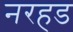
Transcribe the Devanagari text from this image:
नरहड